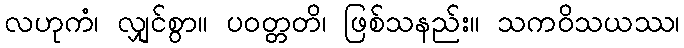
လဟုကံ၊ လျှင်စွာ။ ပဝတ္တတိ၊ ဖြစ်သနည်း။ သကဝိသယဿ၊